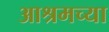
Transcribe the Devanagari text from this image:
आश्रमच्या